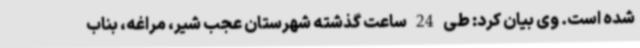
شده است. وی بیان کرد: طی 24 ساعت گذشته شهرستان عجب شیر، مراغه، بناب